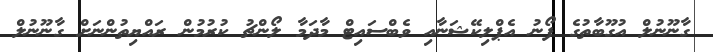
ގާނޫނުލް އުގޫބާތުގެ ފޯނު އެޕްލިކޭޝަނާއި ވެބްސައިޓް މާދަމާ ލޯންޗު ކުރުމުން ރައްޔިތުންނަށް ގާނޫނުލް